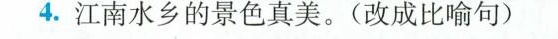
4.江南水乡的景色真美。(改成比喻句)